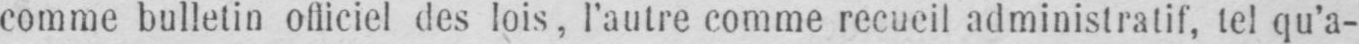
comme bulletin officiel des lois, l’autre comme recueil administratif, tel qu’a-